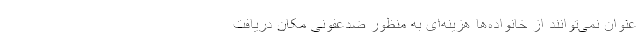
عنوان نمی‌توانند از خانواده‌ها هزینه‌ای به منظور ضدعفونی مکان دریافت